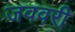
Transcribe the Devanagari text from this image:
जववरी